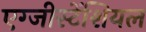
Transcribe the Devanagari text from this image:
एग्जीस्टेंशियल